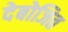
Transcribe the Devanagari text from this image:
देबोजित